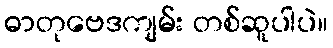
ဓာတုဗေဒကျမ်း တစ်ဆူပါပဲ။